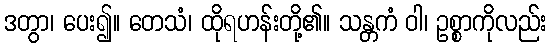
ဒတွာ၊ ပေး၍။ တေသံ၊ ထိုရဟန်းတို့၏။ သန္တကံ ဝါ၊ ဥစ္စာကိုလည်း